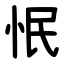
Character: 怋